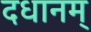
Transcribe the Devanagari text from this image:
दधानम्‌